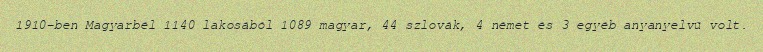
1910-ben Magyarbél 1140 lakosából 1089 magyar, 44 szlovák, 4 német és 3 egyéb anyanyelvű volt.